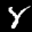
Label: 8